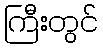
ကြီးတွင်